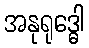
အနုရုဒ္ဓေါ